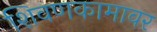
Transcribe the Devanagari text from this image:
शिवणकामावर